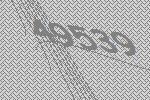
49539